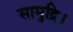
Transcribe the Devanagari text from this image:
सामुद्रि।